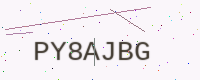
Text: PY8AJBG